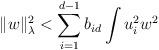
LaTeX: \begin{align*} \|w\|_{\lambda}^2<\sum_{i=1}^{d-1}b_{id}\int u_i^2w^2\end{align*}